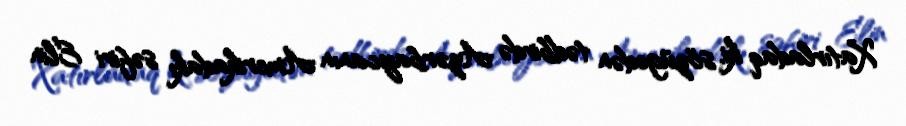
Xatırladaq ki, sözügedən tədbirdə Azərbaycanın Amerikadakı səfiri Elin